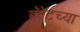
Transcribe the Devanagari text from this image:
बॅरेटच्या